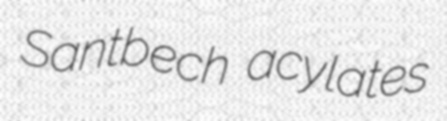
Santbech acylates